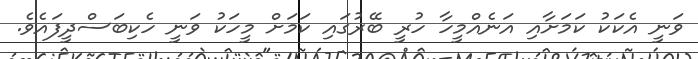
ވަނީ އެކަކު ކަމަށާއި އަނެއްމީހާ ހުރީ ބޭރުގައި ކަމަށް މީހަކު ވަނީ ހެކިބަސްދީފައެވެ.